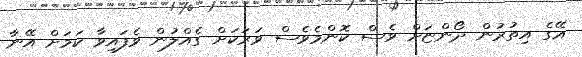
އޭގެ އިތުރުން ދޯންޏަށް ވެސް ކޮންމެވެސް ވަރަކަށް ގެއްލުން ވެފައިވާ ކަމަށް އޭނާ